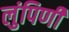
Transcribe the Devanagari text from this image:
लुंपिणी